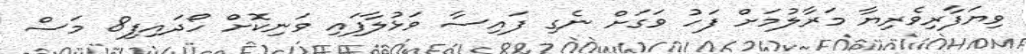
ވިޔަފާރިވެރިޔާ މަރާލުމަށް ފަހު ވަގަށް ނެގި ފައިސާ ވަޅުލާފައި ވަނިކޮށް ހޯދައިފި8 މަސް